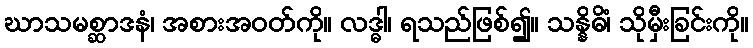
ဃာသမစ္ဆာဒနံ၊ အစားအဝတ်ကို။ လဒ္ဓါ၊ ရသည်ဖြစ်၍။ သန္နိဓိံ၊ သိုမှီးခြင်းကို။